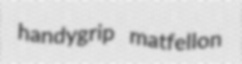
handygrip matfellon